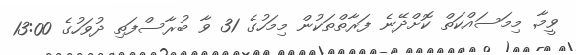
ވީމާ